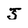
Character: J